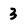
Character: 3